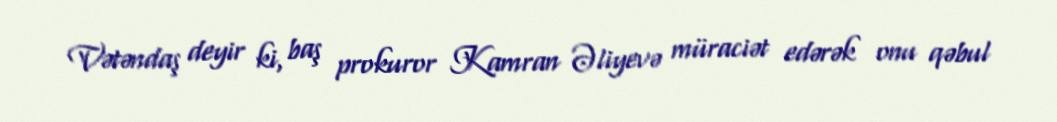
Vətəndaş deyir ki, baş prokuror Kamran Əliyevə müraciət edərək onu qəbul